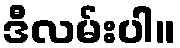
ဒီလမ်းပါ။